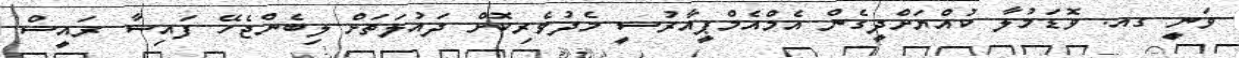
ވަނީ ގއ. ވޮޑަމުލާ ކުއްޔަށްދީގެން އެމްއެމްޕީއާރުސީ މެދުވެރިކޮށް ދައުލަތަށް ލިބެންޖެހޭ ފައިސާ ރައީސް